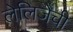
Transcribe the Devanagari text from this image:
लेलिजेची